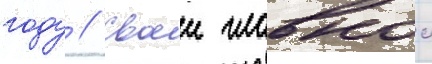
году // Своеи главнои